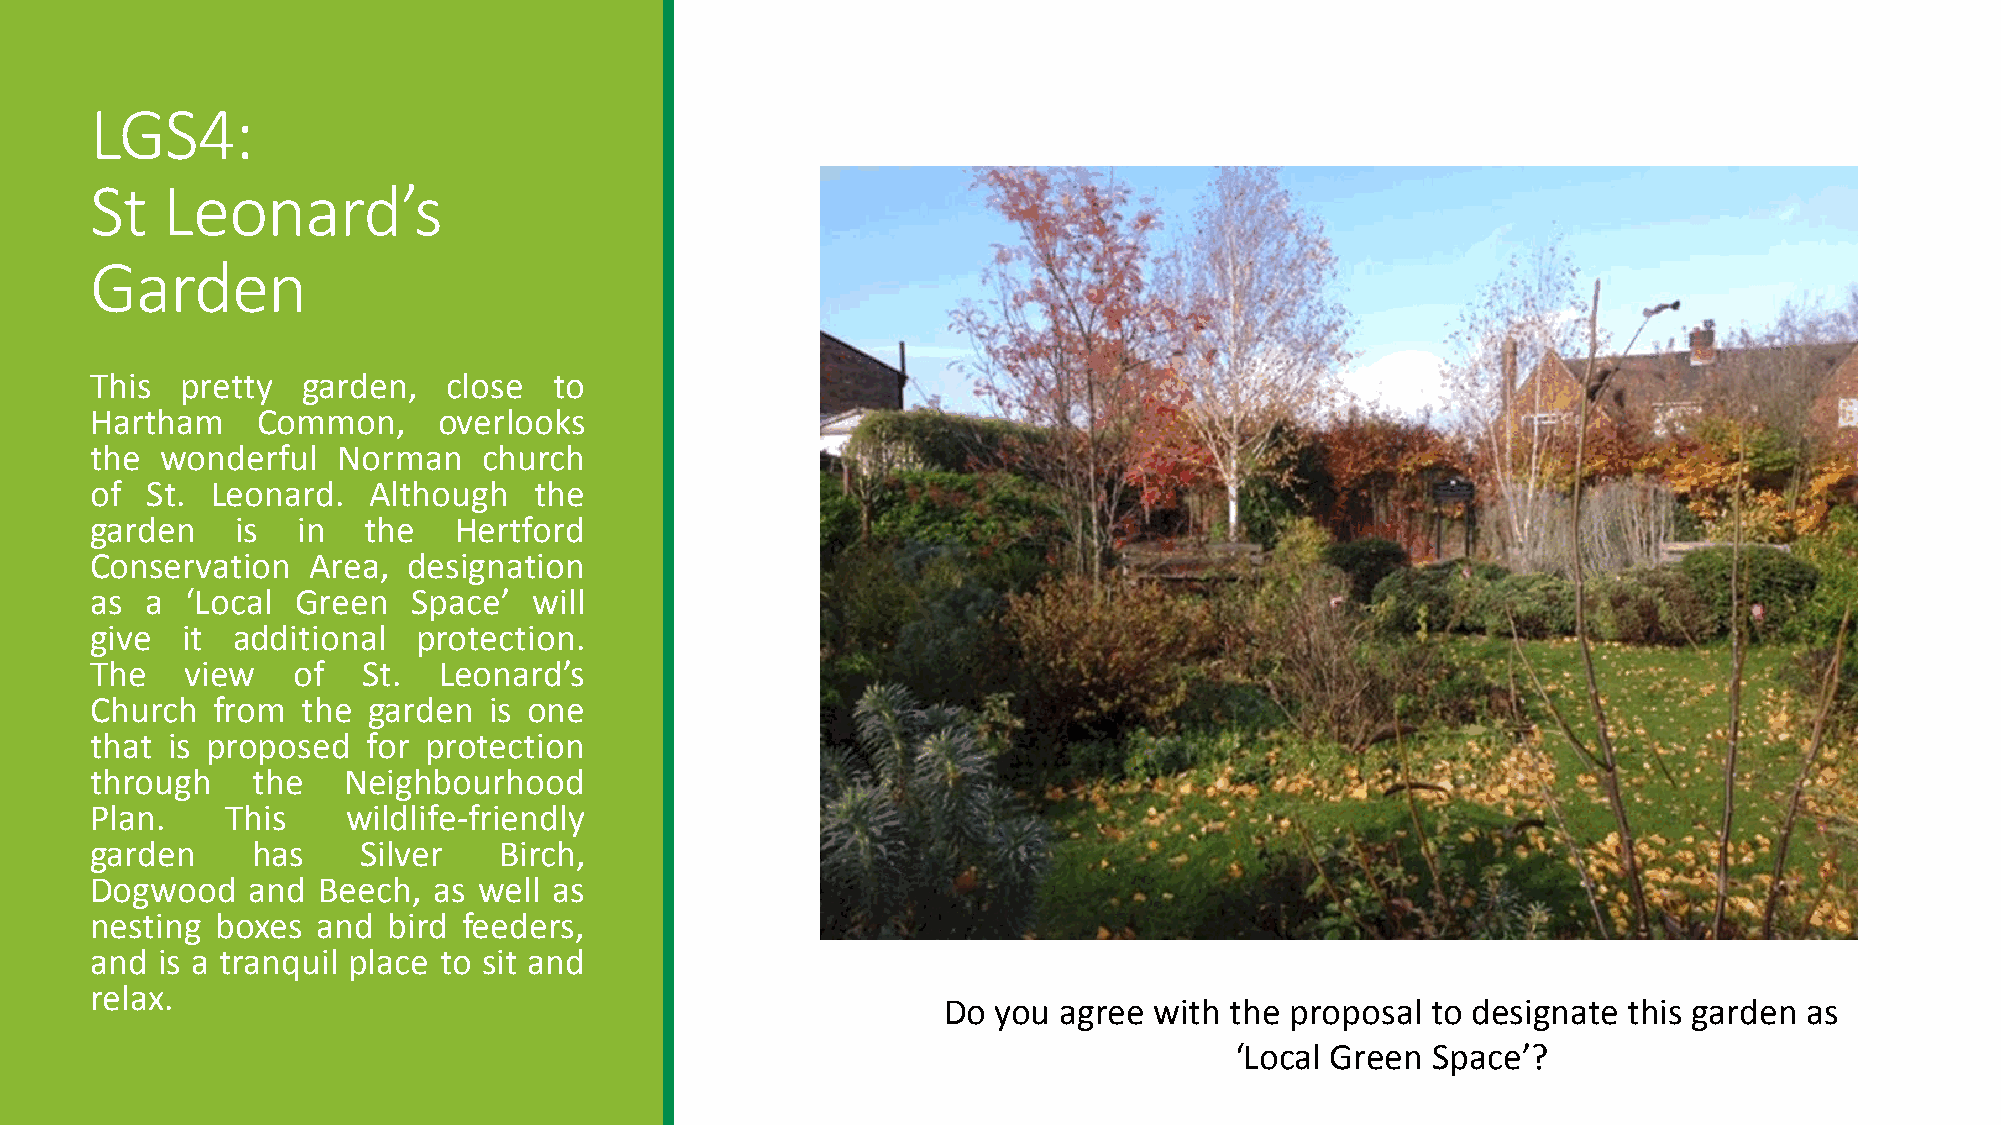
LGS4:
 St   Leonard’s
 Garden
 This  pretty  garden,   close  to
 Hartham    Common,     overlooks
 the  wonderful  Norman    church
 of  St. Leonard.  Although   the
 garden    is  in  the   Hertford
 Conservation  Area,  designation
 as  a ‘Local  Green  Space’  will
 give  it additional   protection.
 The   view   of   St.  Leonard’s
 Church  from  the garden  is one
 that is proposed  for protection
 through    the   Neighbourhood
 Plan.    This    wildlife-friendly
 garden     has    Silver   Birch,
 Dogwood   and  Beech,  as well as
 nesting boxes  and  bird feeders,
 and is a tranquil place to sit and
 relax.
 Do  you agree with the proposal  to designate this garden as
 ‘Local Green Space’?